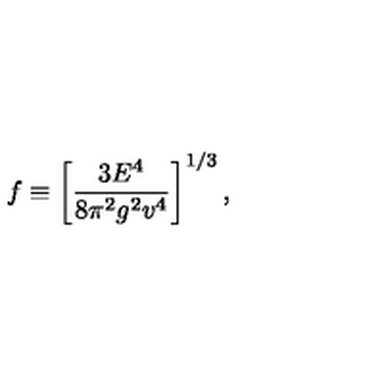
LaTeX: f \equiv \left[ \frac { 3 E ^ { 4 } } { 8 \pi ^ { 2 } g ^ { 2 } v ^ { 4 } } \right] ^ { 1 / 3 } ,